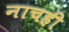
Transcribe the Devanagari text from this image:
नाचही